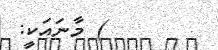
) މާނައަކީ: